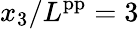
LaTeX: x_{3}/L^{\mathrm{pp}}=3